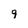
Character: 9